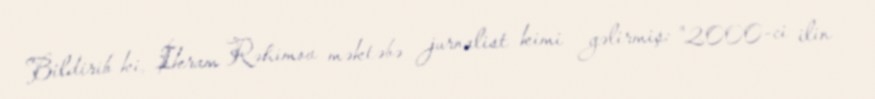
Bildirib ki, İkram Rəhimov məktəbə jurnalist kimi gəlirmiş: "2000-ci ilin